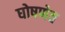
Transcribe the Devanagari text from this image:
घोषणेत